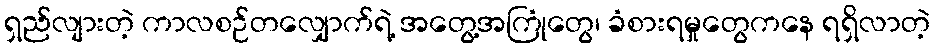
ရှည်လျားတဲ့ ကာလစဉ်တလျှောက်ရဲ့ အတွေ့အကြုံတွေ၊ ခံစားရမှုတွေကနေ ရရှိလာတဲ့